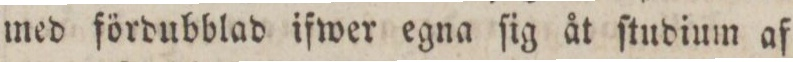
med fördubblad ifwer egna ſig åt ſtudium af